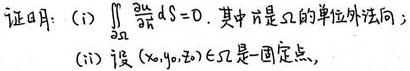
证明：(i) $\iint_{\partial \Omega} \frac{\partial u}{\partial \vec{n}} dS = 0$. 其中 $\vec{n}$ 是 $\Omega$ 的单位外法向；
(ii) 设 $(x_0,y_0,z_0) \in \Omega$ 是一固定点，